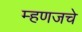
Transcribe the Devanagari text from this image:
म्हणजचे